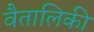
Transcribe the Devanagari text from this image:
वैतालिकी